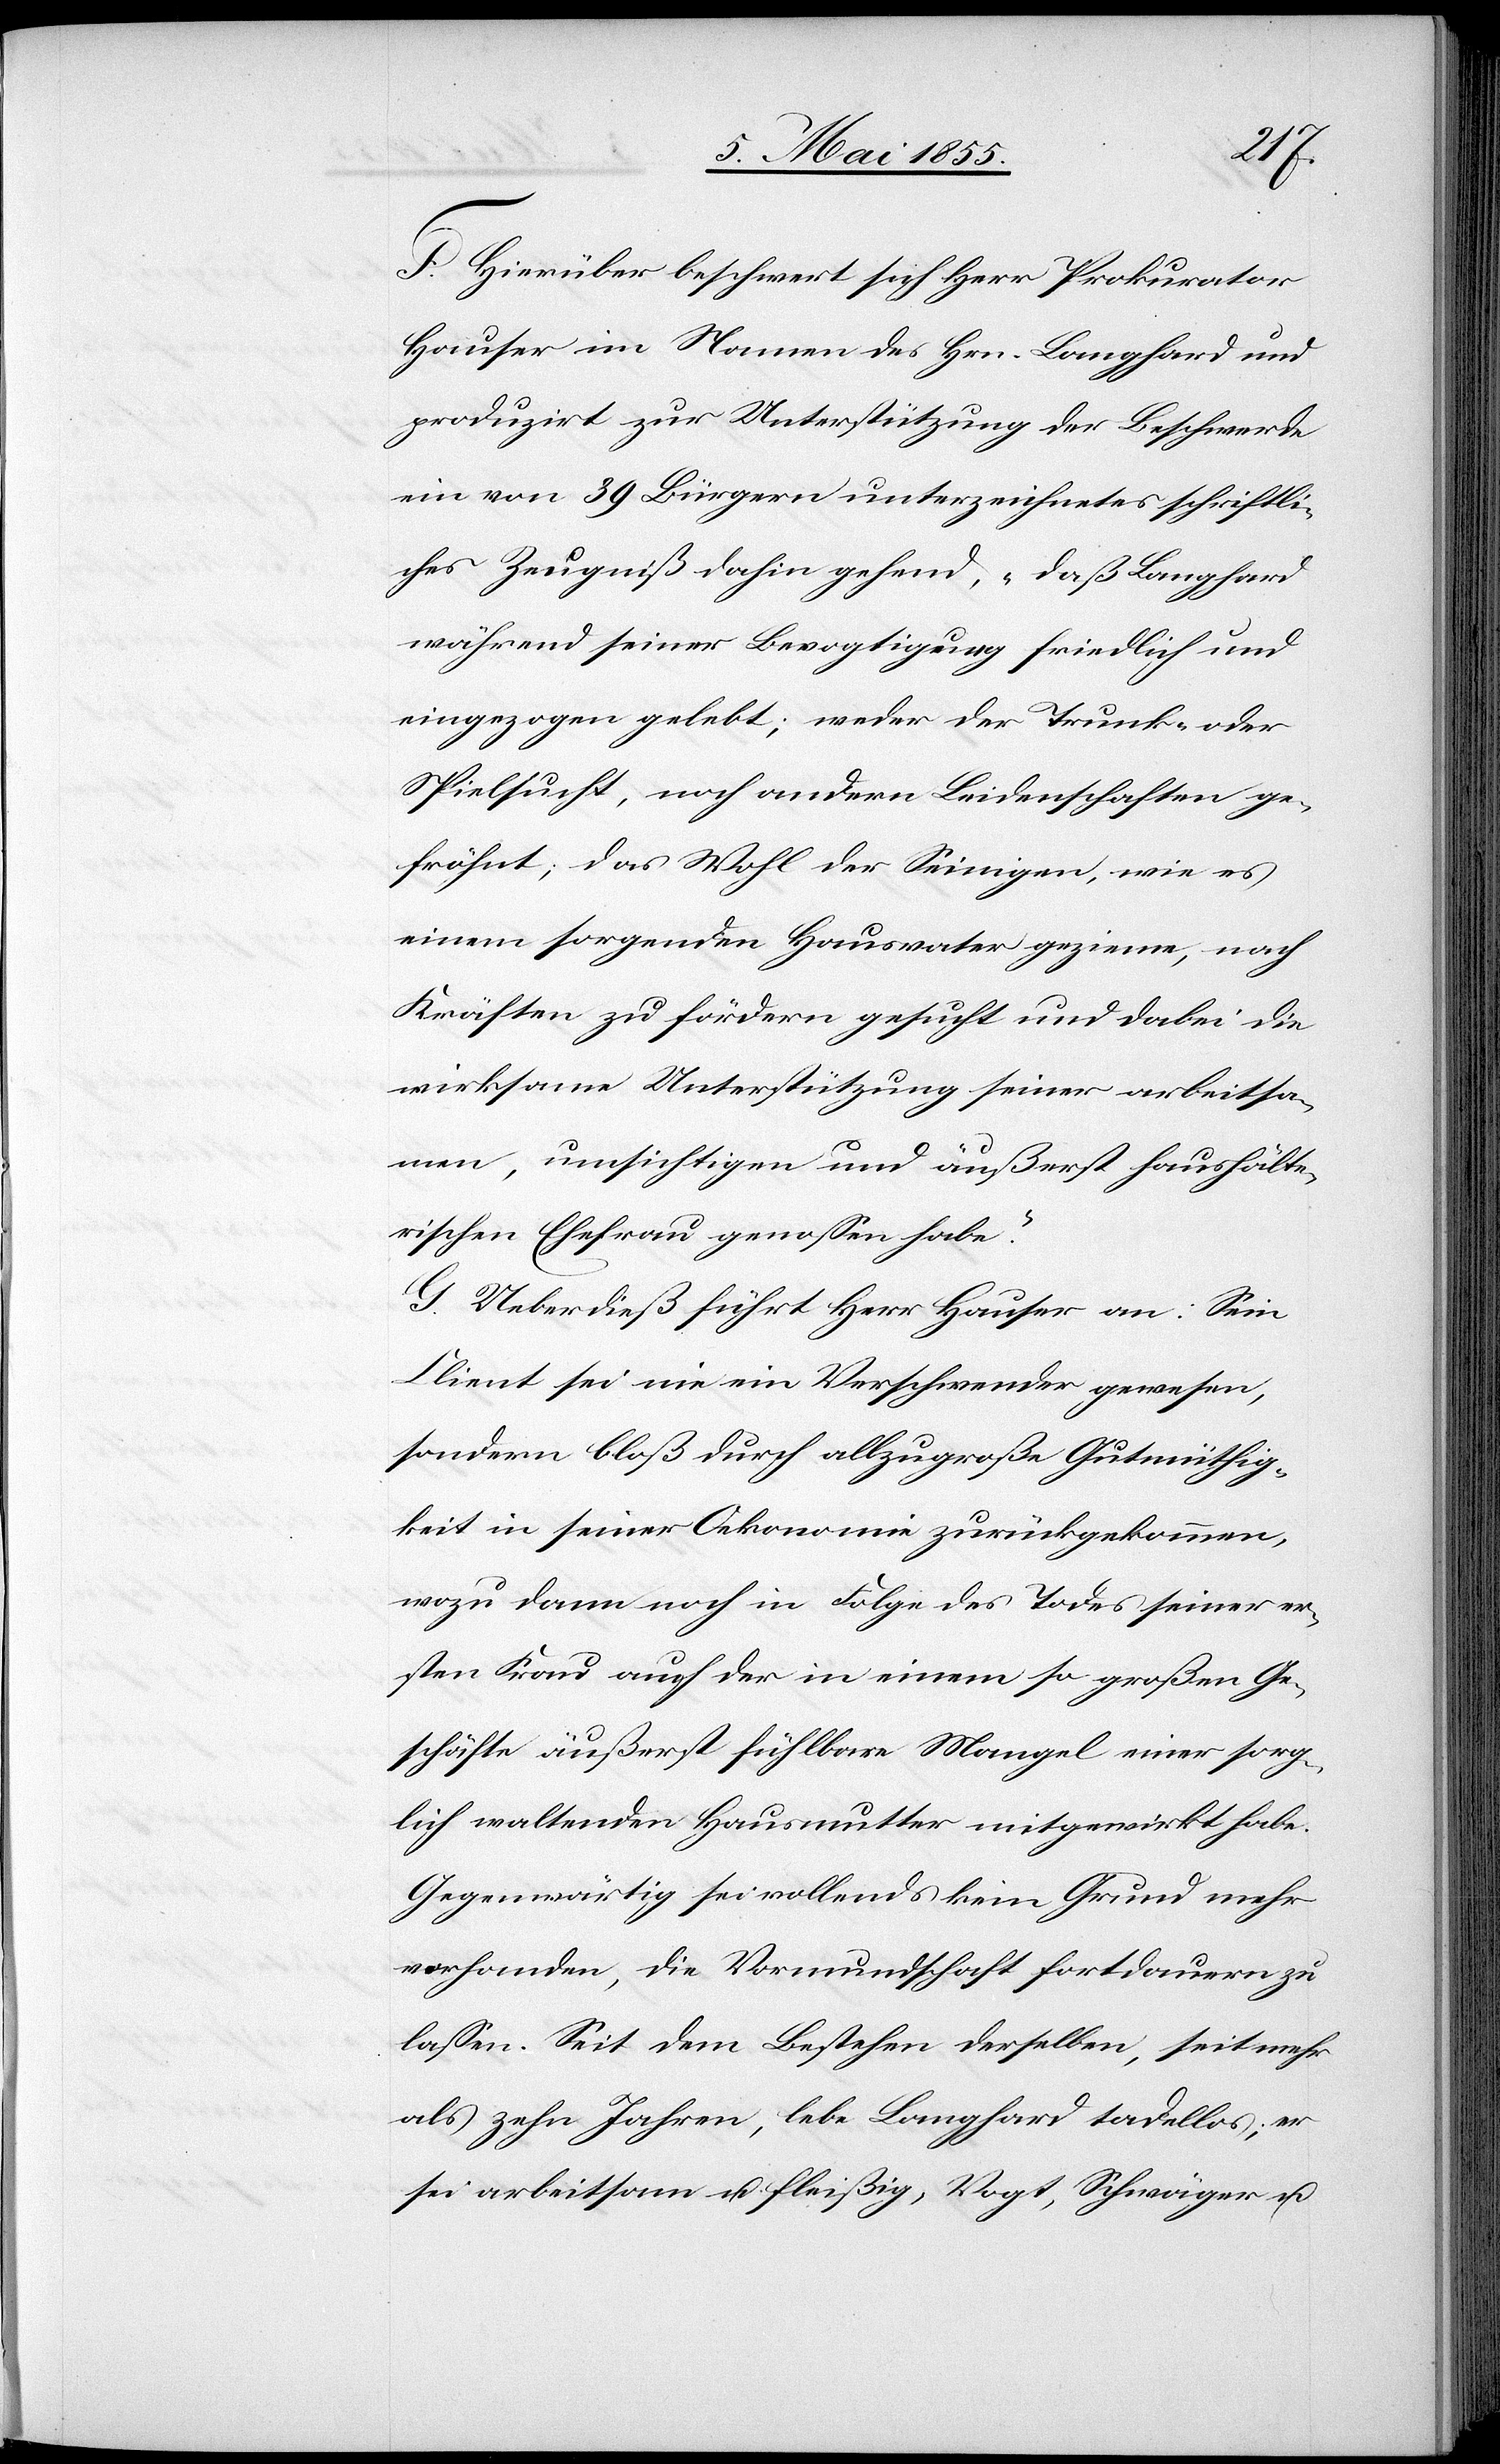
F. Hierüber beschwert sich Herr Prokurator
Hauser im Namen des Hrn. Langhard und
produzirt zur Unterstützung der Beschwerde
ein von 39 Bürgern unterzeichnetes schriftli¬
ches Zeugniß dahin gehend, „daß Langhard
während seiner Bevogtigung friedlich und
eingezogen gelebt; weder der Trunk- oder
Spielsucht, noch andern Leidenschaften ge¬
fröhnt; das Wohl der Seinigen, wie es
einem sorgenden Hausvater gezieme, nach
Kräften zu fördern gesucht und dabei die
wirksame Unterstützung seiner arbeitsa¬
men, umsichtigen und äußerst haushälte¬
rischen Ehefrau genossen habe.“
G. Ueberdieß führt Herr Hauser an: Sein
Client sei nie ein Verschwender gewesen,
sondern bloß durch allzugroße Gutmüthig¬
keit in seiner Oekonomie zurückgekommen,
wozu dann noch in Folge des Todes seiner er¬
sten Frau auch der in einem so großen Ge¬
schäfte äußerst fühlbare Mangel einer sorg¬
lich waltenden Hausmutter mitgewirkt habe.
Gegenwärtig sei vollends kein Grund mehr
vorhanden, die Vormundschaft fortdauern zu
lassen. Seit dem Bestehen derselben, seit mehr
als zehn Jahren, lebe Langhard tadellos; er
sei arbeitsam u. fleißig, Vogt, Schwäger u.